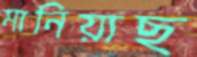
মানিয়াছ